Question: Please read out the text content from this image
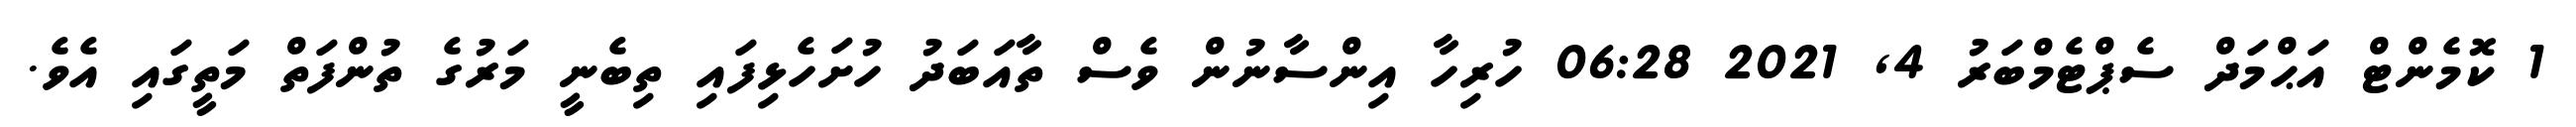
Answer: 1 ކޮމެންޓް އަޙްމަދް ސެޕްޓެމްބަރު 4, 2021 06:28 ހުރިހާ އިންސާނުން ވެސް ތާއަބަދު ހުށަހެޅިފައި ތިބެނީ މަރުގެ ތުންފަތް މަތީގައި އެވެ.